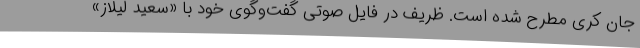
جان کری مطرح شده است. ظریف در فایل صوتی گفت‌وگوی خود با «سعید لیلاز»